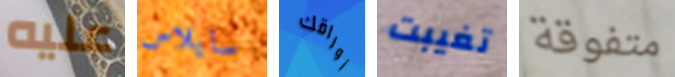
عليه سايلاس أوراقك تغيبت متفوقة